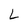
Character: L